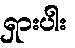
ရှားပါး